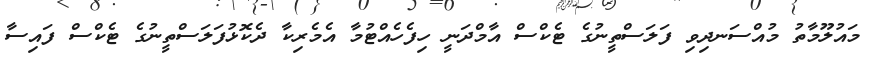
މައުލޫމާތު މުއްސަނދިވި ފަލަސްތީނުގެ ޓެކްސް އާމްދަނީ ހިފެހެއްޓުމާ އެމެރިކާ ދެކޮޅުފަލަސްތީނުގެ ޓެކްސް ފައިސާ